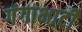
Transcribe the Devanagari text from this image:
गंगाभाटी